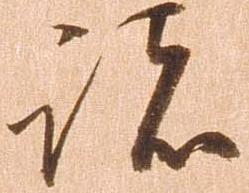
諸